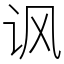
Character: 讽